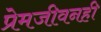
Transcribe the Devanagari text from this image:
प्रेमजीवनही